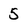
Character: 5